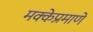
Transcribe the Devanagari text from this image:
मक्केप्रमाणे